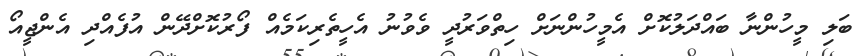
ބަލި މީހުންނާ ބައްދަލުކޮށް އެމީހުންނަށް ހިތްވަރުދީ ވެވުނު އެހީތެރިކަމެއް ފޯރުކޮށްދޭން އުފެއްދި އެންޖީއޯ